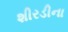
શીરડીના